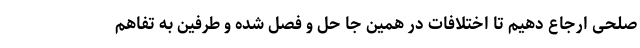
صلحی ارجاع دهیم تا اختلافات در همین جا حل و فصل شده و طرفین به تفاهم